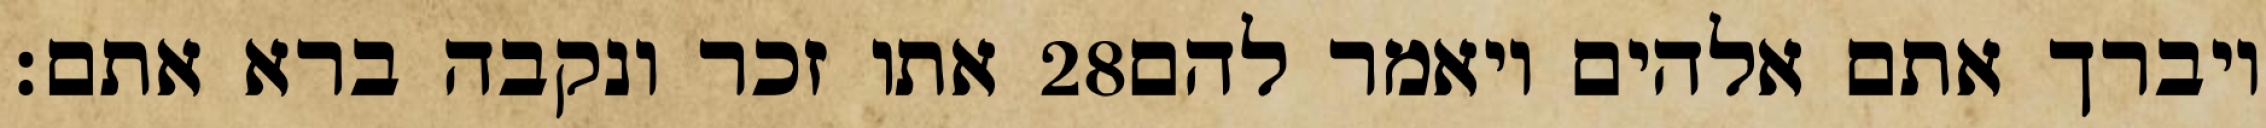
אתו זכר ונקבה ברא אתם׃ ‎28‏ ויברך אתם אלהים ויאמר להם